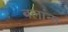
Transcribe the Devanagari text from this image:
बलांना